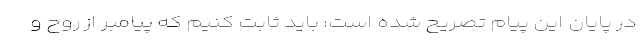
در پایان این پیام تصریح شده است: باید ثابت کنیم که پیامبر از روح و